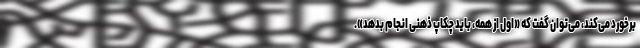
برخورد می‌کند، می‌توان گفت که «اول از همه، باید چکاپ ذهنی انجام بدهد».